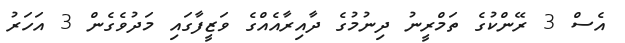
އެސް 3 ރޭންކުގެ ތަމްރީނު ދިނުމުގެ ދާއިރާއެއްގެ ވަޒީފާގައި މަދުވެގެން 3 އަހަރު